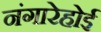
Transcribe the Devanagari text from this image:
नंगारेहोई